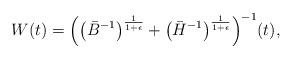
LaTeX: \begin{align*}W(t)=\Big( \big(\bar{B}^{-1}\big)^{\frac{1}{1+\epsilon}} + \big(\bar{H}^{-1}\big)^{\frac{1}{1+\epsilon}} \Big)^{-1}(t),\end{align*}